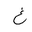
Letter: _gayn